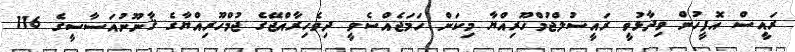
ރައީސް އޮފީހުން ވިދާޅުވީ ރައީސުލްޖުމްހޫރިއްޔާ މިކަން ހަމަޖެއްސެވީ ދިވެހިރާއްޖޭގެ ޖުމްހޫރިއްޔާގެ ޤާނޫނުއަސާސީގެ 116